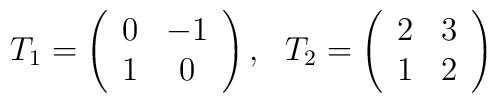
T_{1} = \left( \begin{array}{cc}		 0 & -1 \\		 1 &  0	   \end{array}      \right),~~     T_{2} = \left( \begin{array}{cc}		 2 & 3\\		 1 & 2	   \end{array}      \right)